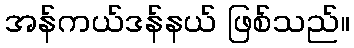
အန်ကယ်ဒန်နယ် ဖြစ်သည်။